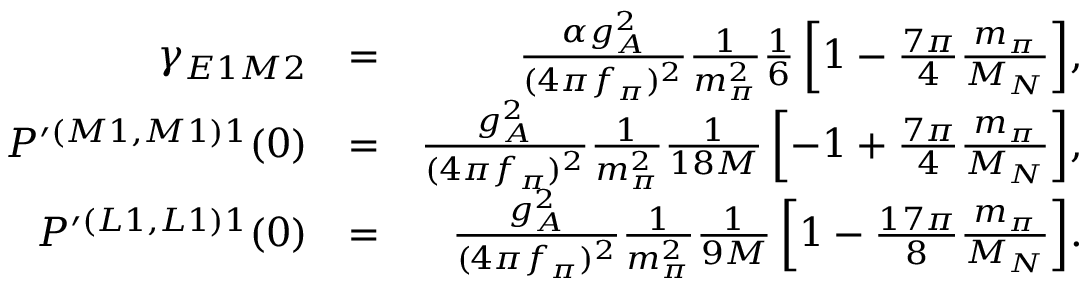
\begin{array} { r l r } { \gamma _ { E 1 M 2 } } & { = } & { \frac { \alpha g _ { A } ^ { 2 } } { ( 4 \pi f _ { \pi } ) ^ { 2 } } \frac { 1 } { m _ { \pi } ^ { 2 } } \frac { 1 } { 6 } \left[ 1 - \frac { 7 \pi } { 4 } \frac { m _ { \pi } } { M _ { N } } \right] \! , } \\ { P ^ { \prime ( M 1 , M 1 ) 1 } ( 0 ) } & { = } & { \frac { g _ { A } ^ { 2 } } { ( 4 \pi f _ { \pi } ) ^ { 2 } } \frac { 1 } { m _ { \pi } ^ { 2 } } \frac { 1 } { 1 8 M } \left[ - 1 + \frac { 7 \pi } { 4 } \frac { m _ { \pi } } { M _ { N } } \right] \! , } \\ { P ^ { \prime ( L 1 , L 1 ) 1 } ( 0 ) } & { = } & { \frac { g _ { A } ^ { 2 } } { ( 4 \pi f _ { \pi } ) ^ { 2 } } \frac { 1 } { m _ { \pi } ^ { 2 } } \frac { 1 } { 9 M } \left[ 1 - \frac { 1 7 \pi } { 8 } \frac { m _ { \pi } } { M _ { N } } \right] \! . } \end{array}